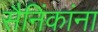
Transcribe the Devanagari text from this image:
सैनिंकांना